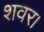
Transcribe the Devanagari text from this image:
शवर।